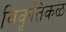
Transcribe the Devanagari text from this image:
विकृतिकळ